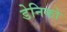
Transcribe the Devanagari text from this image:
डेनिको